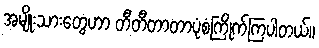
အမျိုးသားတွေဟာ တီတီတာတာပုံစံကြိုက်ကြပါတယ်။